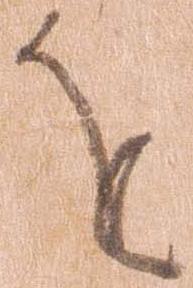
を